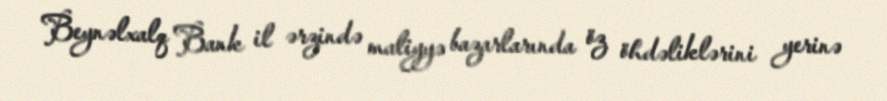
Beynəlxalq Bank il ərzində maliyyə bazarlarında öz öhdəliklərini yerinə